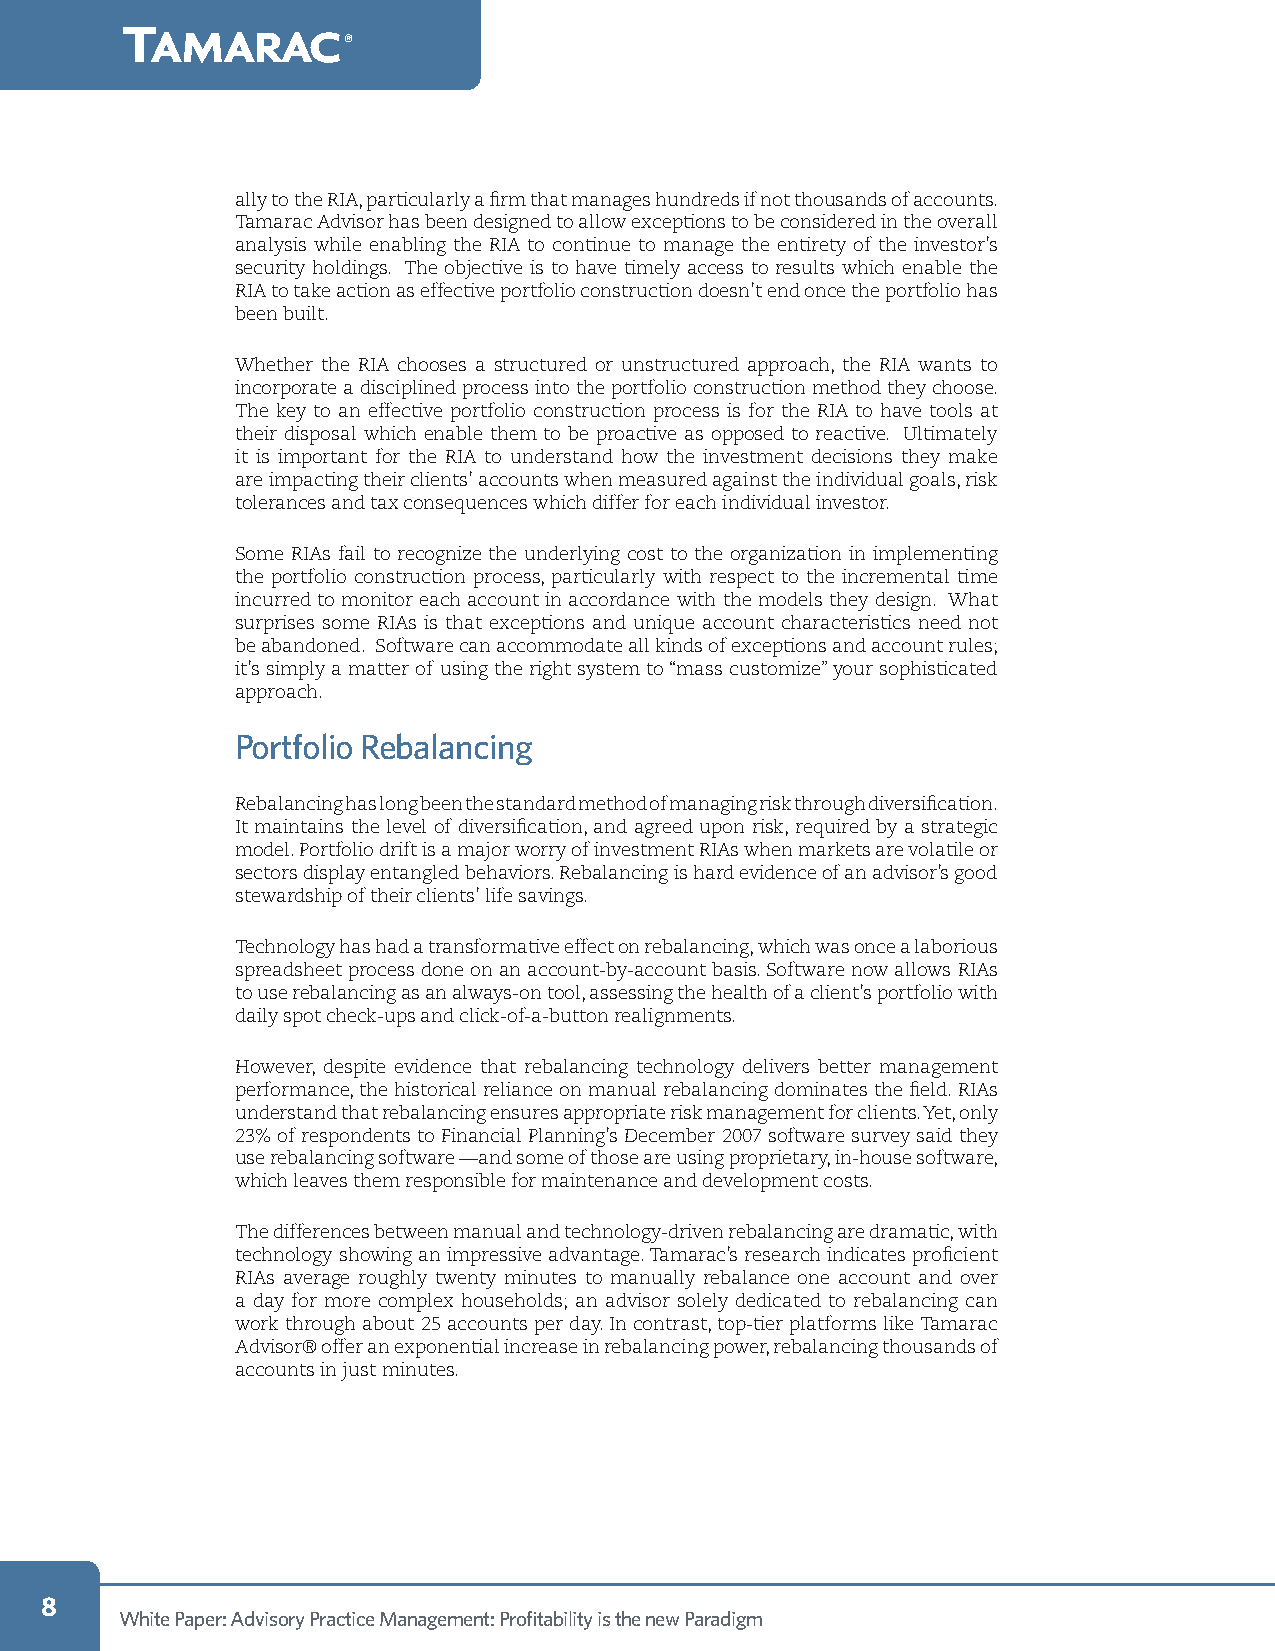
t
 amarac
 ®
 ally to the RIA, particularly a firm that manages hundreds if not thousands of accounts.
 Tamarac Advisor has been designed to allow exceptions to be considered in the overall
 analysis while enabling the RIA to continue to manage the entirety of the investor’s
 security holdings. The objective is to have timely access to results which enable the
 RIA to take action as effective portfolio construction doesn’t end once the portfolio has
 been built.
 Whether the RIA chooses a structured or unstructured approach, the RIA wants to
 incorporate a disciplined process into the portfolio construction method they choose.
 The key to an effective portfolio construction process is for the RIA to have tools at
 their disposal which enable them to be proactive as opposed to reactive. Ultimately
 it is important for the RIA to understand how the investment decisions they make
 are impacting their clients’ accounts when measured against the individual goals, risk
 tolerances and tax consequences which differ for each individual investor.
 Some RIAs fail to recognize the underlying cost to the organization in implementing
 the portfolio construction process, particularly with respect to the incremental time
 incurred to monitor each account in accordance with the models they design. What
 surprises some RIAs is that exceptions and unique account characteristics need not
 be abandoned. Software can accommodate all kinds of exceptions and account rules;
 it’s simply a matter of using the right system to “mass customize” your sophisticated
 approach.
 Portfolio Rebalancing
 Rebalancing has long been the standard method of managing risk through diversification.
 It maintains the level of diversification, and agreed upon risk, required by a strategic
 model. Portfolio drift is a major worry of investment RIAs when markets are volatile or
 sectors display entangled behaviors. Rebalancing is hard evidence of an advisor’s good
 stewardship of their clients’ life savings.
 Technology has had a transformative effect on rebalancing, which was once a laborious
 spreadsheet process done on an account-by-account basis. Software now allows RIAs
 to use rebalancing as an always-on tool, assessing the health of a client’s portfolio with
 daily spot check-ups and click-of-a-button realignments.
 However, despite evidence that rebalancing technology delivers better management
 performance, the historical reliance on manual rebalancing dominates the field. RIAs
 understand that rebalancing ensures appropriate risk management for clients. Yet, only
 23% of respondents to Financial Planning’s December 2007 software survey said they
 use rebalancing software —and some of those are using proprietary, in-house software,
 which leaves them responsible for maintenance and development costs.
 The differences between manual and technology-driven rebalancing are dramatic, with
 technology showing an impressive advantage. Tamarac’s research indicates proficient
 RIAs average roughly twenty minutes to manually rebalance one account and over
 a day for more complex households; an advisor solely dedicated to rebalancing can
 work through about 25 accounts per day. In contrast, top-tier platforms like Tamarac
 Advisor® offer an exponential increase in rebalancing power, rebalancing thousands of
 accounts in just minutes.
 
 White Paper: Advisory Practice Management: Profitability is the new Paradigm